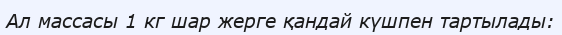
Ал массасы 1 кг шар жерге қандай күшпен тартылады: